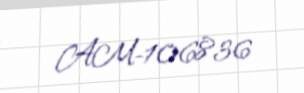
AM-106836